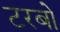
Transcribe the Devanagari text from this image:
टरबो